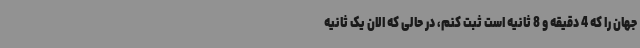
جهان را که 4 دقیقه و 8 ثانیه است ثبت کنم، در حالی که الان یک ثانیه